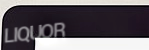
LIQUOR